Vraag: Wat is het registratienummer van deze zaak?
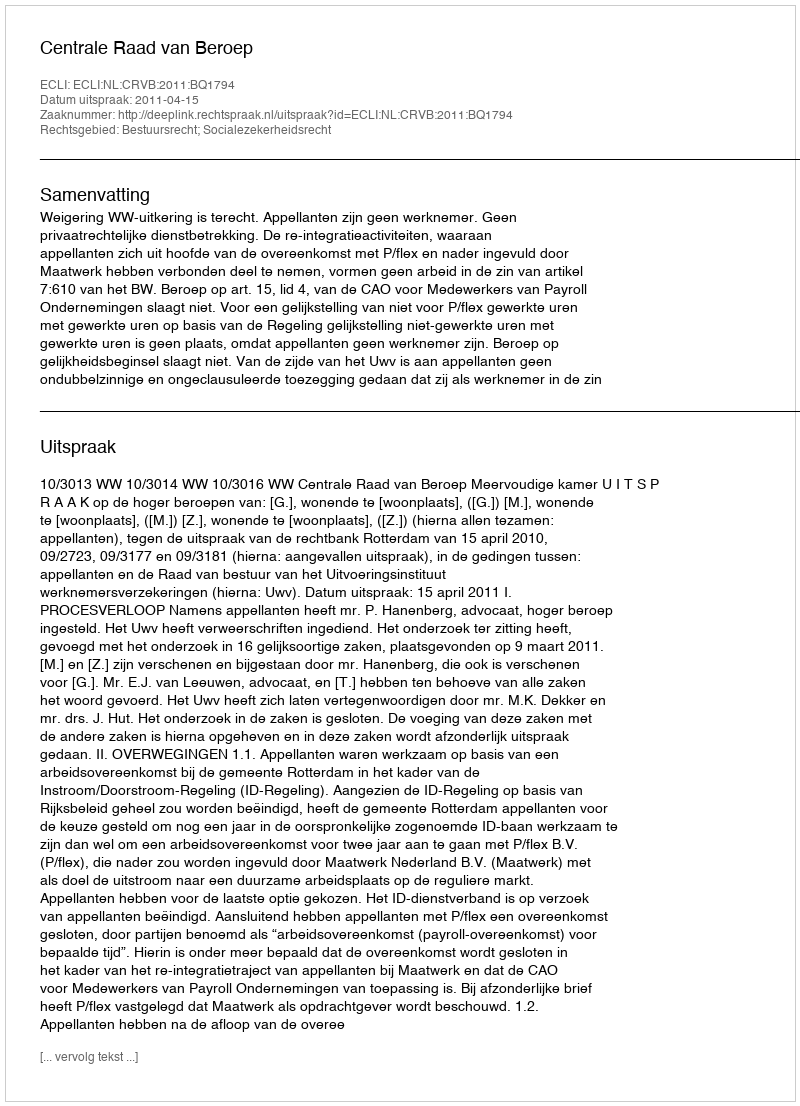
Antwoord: http://deeplink.rechtspraak.nl/uitspraak?id=ECLI:NL:CRVB:2011:BQ1794